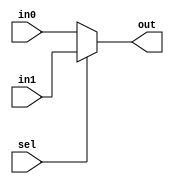
module Mux2inputs(in0,in1,sel,out);
input [15:0] in0;
input [15:0] in1;
input sel;
output [15:0] out;

assign out = 
sel==0?in0:in1;
endmodule